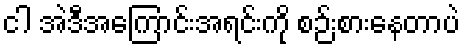
ငါ အဲဒီအကြောင်းအရင်းကို စဉ်းစားနေတာပဲ